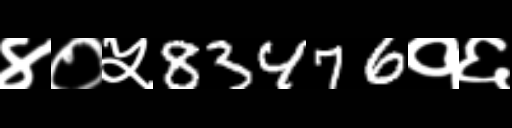
Text: ४०५83476१६